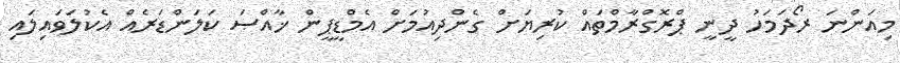
މިއަންނަ ރޯދަމަހު ދީނީ ޕްރޮގްރާމްތައް ކުރިޔަށް ގެންދިއުމަށް އެމްޑީޕީން ޚާއްޞަ ކަލަންޑަރެއް އެކުލަވައިލައި